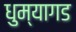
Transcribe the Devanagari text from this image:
धुम्यागड